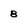
Character: 8